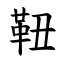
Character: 靵